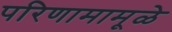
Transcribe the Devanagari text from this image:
परिणामामूळे